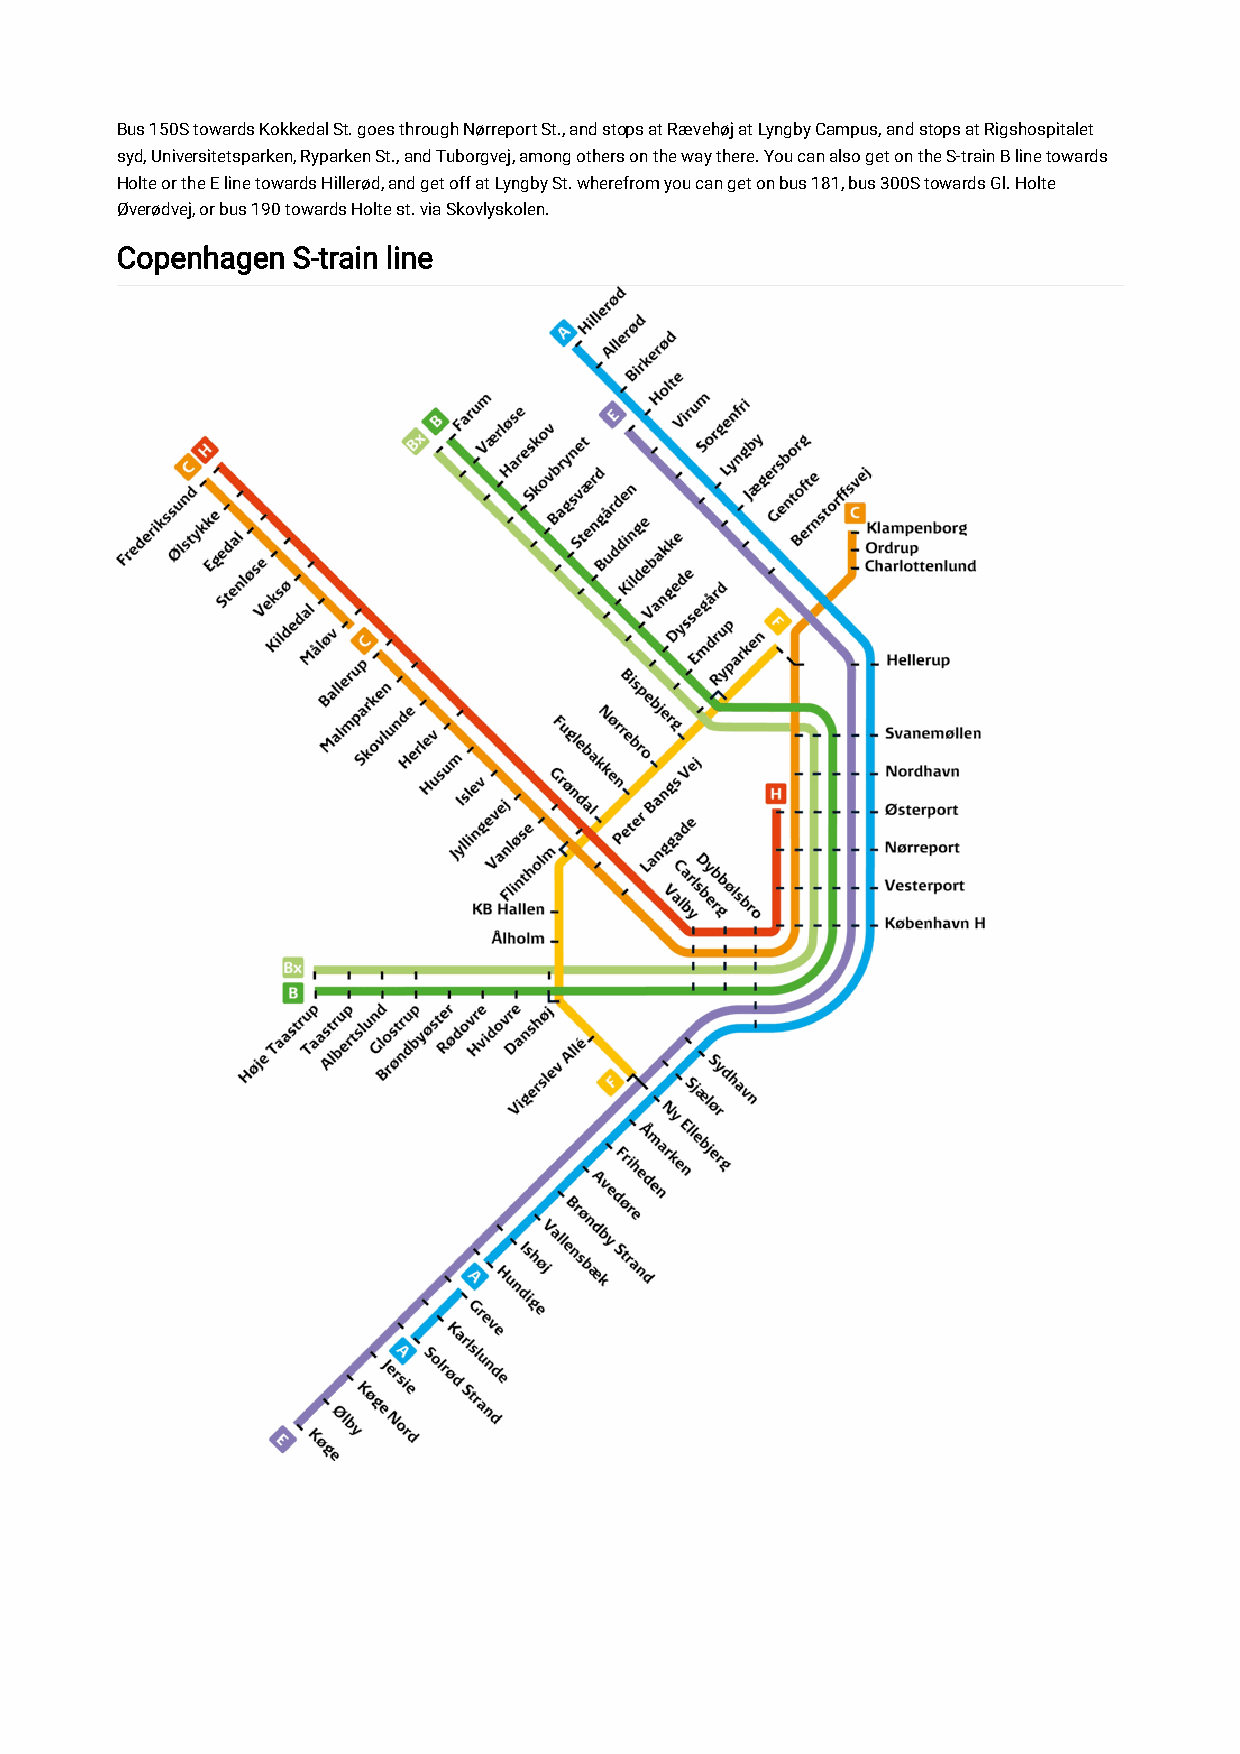
Bus 150S towards Kokkedal St. goes through Nørreport St., and stops at Rævehøj at Lyngby Campus, and stops at Rigshospitalet
 syd, Universitetsparken, Ryparken St., and Tuborgvej, among others on the way there. You can also get on the S-train B line towards
 Holte or the E line towards Hillerød, and get off at Lyngby St. wherefrom you can get on bus 181, bus 300S towards Gl. Holte
 Øverødvej, or bus 190 towards Holte st. via Skovlyskolen.
 Copenhagen S-train line